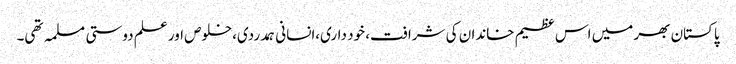
پاکستان بھر میں اس عظیم خاندان کی شرافت، خود داری،انسانی ہمدردی،خلوص اور علم دوستی مسلمہ تھی۔